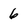
Character: 6